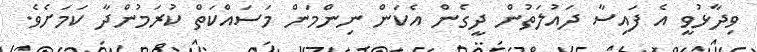
ވިދާޅުވީ އެ ފައިސާ ދައުލަތުން ދީގެން އެކަން ނިންމަން މަސައްކަތް ކުރަމުންދާ ކަމަަށެވެ.